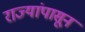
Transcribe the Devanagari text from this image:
राज्यांपासून